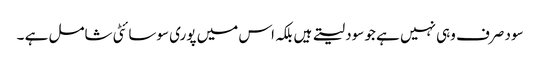
سود صرف وہی نہیں ہے جو سود لیتے ہیں بلکہ اس میں پوری سوسائٹی شامل ہے ۔